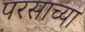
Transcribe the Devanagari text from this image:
परसाच्या